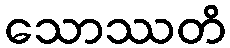
သောဿတိ